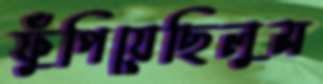
ফুঁপিয়েছিলুম